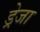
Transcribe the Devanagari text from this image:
ड्रेजा